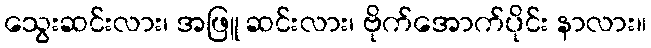
သွေးဆင်းလား၊ အဖြူ ဆင်းလား၊ ဗိုက်အောက်ပိုင်း နာလား။